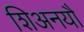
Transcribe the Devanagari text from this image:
शिअनयौ